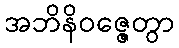
အဘိနိဝဇ္ဇေတွာ